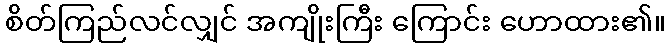
စိတ်ကြည်လင်လျှင် အကျိုးကြီး ကြောင်း ဟောထား၏။